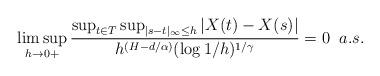
LaTeX: \begin{align*}\displaystyle\limsup_{h\to 0+}\dfrac{\sup_{t\in T}\sup_{|s-t|_\infty \leq h}|X(t)-X(s)|}{h^{(H-d/\alpha)}(\log{1/h})^{1/\gamma}}=0\;\;a.s.\end{align*}